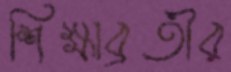
শিক্ষাব্রতীর